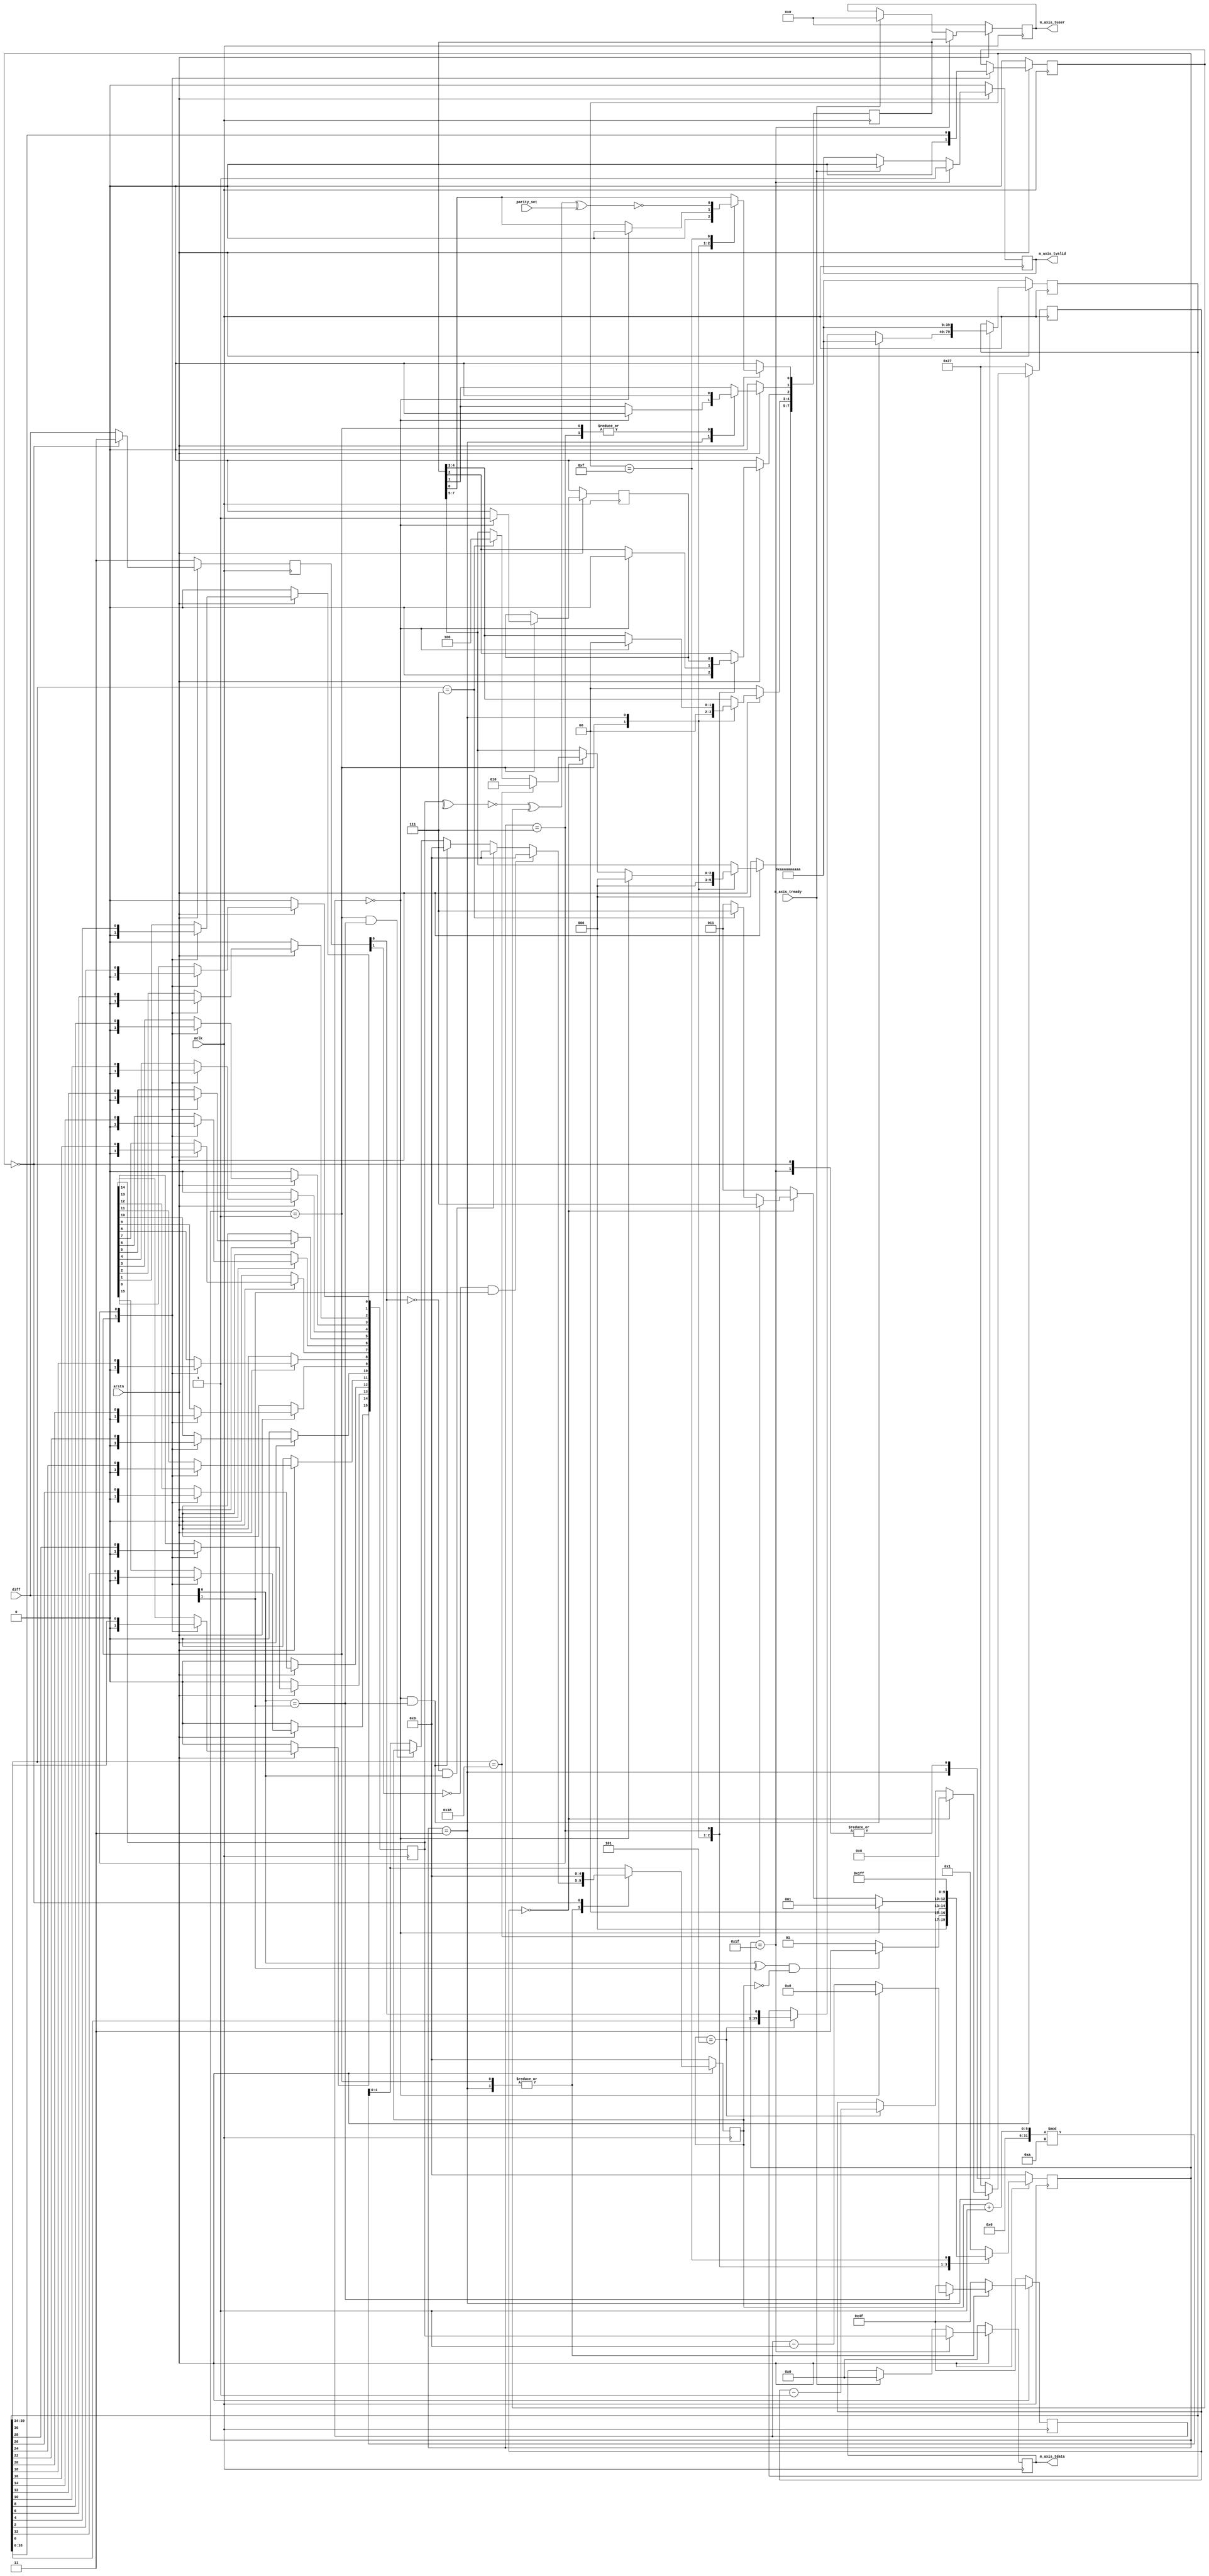

`timescale 1ns/100ps

module axis_1553_decoder #(
    parameter clock_speed = 20000000,
    parameter sample_rate = 2000000,
    parameter bit_slice_offset = 0,
    parameter invert_data = 0,
    parameter sample_select = 0
  ) 
  (
    input   aclk,
    input   arstn,
    input   parity_set, //0:ou, 1:ji
    output reg  [15:0]  m_axis_tdata,
    output reg          m_axis_tvalid,
    output reg  [7:0]   m_axis_tuser,
    input               m_axis_tready,
    input       [1:0]   diff
  );
  
    localparam integer base_1553_clock_rate = 1000000;
    localparam integer samples_per_mhz = sample_rate / base_1553_clock_rate;
    localparam integer cycles_per_mhz = clock_speed / base_1553_clock_rate;
    localparam integer delay_time = cycles_per_mhz * 4;
    localparam integer samples_to_skip = ((cycles_per_mhz > samples_per_mhz) ? cycles_per_mhz / samples_per_mhz : 0);
    localparam integer round_sample_select = ((sample_select == 0) ? samples_to_skip/2 : sample_select % samples_to_skip);
    localparam integer bit_rate_per_mhz = samples_per_mhz;
    localparam integer round_bit_slice_offset = ((cycles_per_mhz > samples_per_mhz) ? ((bit_slice_offset == 0) ? bit_rate_per_mhz/4 : bit_slice_offset % bit_rate_per_mhz) : 0);
    localparam integer sync_pulse_len = bit_rate_per_mhz * 3;
    localparam integer bits_per_trans = 20;
    localparam integer synth_bits_per_trans = (bits_per_trans*bit_rate_per_mhz);
    localparam diff_wait    = 5'h01;
    localparam data_cap     = 5'h03;
    localparam data_reduce  = 5'h07;
    localparam parity_gen   = 5'h0F;
    localparam trans        = 5'h1F;
    localparam error        = 5'h00;
    localparam [sync_pulse_len-1:0]sync_cmd_stat = {{sync_pulse_len/2{1'b0}}, {sync_pulse_len/2{1'b1}}};
    localparam [sync_pulse_len-1:0]sync_data     = {{sync_pulse_len/2{1'b1}}, {sync_pulse_len/2{1'b0}}};
    localparam cmd_data = 3'b010;
    localparam cmd_cmnd = 3'b100;
    localparam [(bit_rate_per_mhz)-1:0]bit_pattern = {{bit_rate_per_mhz/2{1'b1}}, {bit_rate_per_mhz/2{1'b0}}};
    localparam [synth_bits_per_trans-1:0]synth_clk = {bits_per_trans{bit_pattern}};
  
    integer bit_slice_index;
    reg [synth_bits_per_trans-1:0] reg_data;
    reg parity_bit;
    reg delay_bit;
    reg [4:0]  state = error;
    reg [15:0] data;
    reg [7:0]  cmd;
    reg [1:0]  p_diff;
    reg [clogb2(samples_to_skip):0]        skip_counter;
    reg [clogb2(delay_time)-1:0]           pause_counter;
    reg [clogb2(synth_bits_per_trans)-1:0] trans_counter;
  
    always @(posedge aclk) begin
      if(arstn == 1'b0) begin
        pause_counter <= delay_time-1;
      end else begin
        case (state)
          data_cap, diff_wait: begin
            pause_counter <= delay_time-1;
            
            if(diff[0] == diff[1]) begin
              pause_counter <= pause_counter - 1;
              
              if(pause_counter == 0) begin
                pause_counter <= 0;
              end
            end
          end
          default:
            pause_counter <= delay_time-1;
        endcase
      end
    end
  
    always @(posedge aclk) begin
      if(arstn == 1'b0) begin
        m_axis_tdata  <= 0;
        m_axis_tvalid <= 0;
        m_axis_tuser  <= 0;
      end else begin
        m_axis_tdata <= m_axis_tdata;
        m_axis_tvalid<= m_axis_tvalid;
        m_axis_tuser <= m_axis_tuser;
        case (state)
                  trans: begin
            m_axis_tdata  <= data;
            m_axis_tuser  <= cmd;
            m_axis_tvalid <= 1'b1;
          end
                          default: begin
            if(m_axis_tready == 1'b1) begin
              m_axis_tdata  <= 0;
              m_axis_tvalid <= 0;
              m_axis_tuser  <= 0;
            end
          end
          endcase
      end
    end
            
    always @(posedge aclk) begin
      if(arstn == 1'b0) begin
        state           <= error;
        data            <= 0;
        cmd             <= 0;
        parity_bit      <= 0;
        delay_bit       <= 0;
            end else begin
        case (state)
          diff_wait: begin
            state <= diff_wait;
            
            cmd           <= 0;
            data          <= 0;
            parity_bit    <= 0;
            delay_bit     <= 0;
            
            if(pause_counter == 0) begin
              delay_bit <= 1'b1;
            end
            
            if((diff[0] ^ diff[1]) && (skip_counter == 0)) begin
              state <= data_cap;
            end
          end
          data_cap: begin
            state <= data_cap;
            
                                if(trans_counter == 0) begin
              if(reg_data[synth_bits_per_trans-1:synth_bits_per_trans-sync_pulse_len] == sync_cmd_stat) begin
                state <= data_reduce;
                cmd[7:5] <= cmd_cmnd;
              end
              
              if(reg_data[synth_bits_per_trans-1:synth_bits_per_trans-sync_pulse_len] == sync_data) begin
                state <= data_reduce;
                cmd[7:5] <= cmd_data;
              end
            end
            
                      if(pause_counter == 0) begin
              state <= diff_wait;
              cmd   <= 0;
            end
          end
          data_reduce: begin
            state <= parity_gen;
            
            for(bit_slice_index = 0; bit_slice_index < 16; bit_slice_index = bit_slice_index + 1) begin
              data[bit_slice_index] <= (invert_data > 0 ? ~reg_data[bit_rate_per_mhz*(bit_slice_index+1)+round_bit_slice_offset] : reg_data[bit_rate_per_mhz*(bit_slice_index+1)+round_bit_slice_offset]);
            end
            
            parity_bit <= (invert_data > 0 ? ~reg_data[round_bit_slice_offset] : reg_data[round_bit_slice_offset]);
  
            cmd[1] <= (invert_data > 0 ? 1'b1 : 1'b0);
  
            cmd[2] <= delay_bit;
          end
          parity_gen: begin
            state <= trans;
            cmd[0] <= ~(~(^data) ^ parity_bit ^ parity_set);
          end
          trans:
            state <= diff_wait;
          default:
            state <= diff_wait;
        endcase
      end
    end
  
    always @(posedge aclk) begin
      if(arstn == 1'b0) begin
        p_diff        <= 2'b11;
        skip_counter  <= 0;
      end else begin
        p_diff <= diff;

        case (state)
          diff_wait, data_cap: begin
            skip_counter <= (samples_to_skip == 0 ? 0 : (skip_counter + 1) % samples_to_skip);          if((state == diff_wait) && (diff[0] == diff[1])) begin
              skip_counter <= skip_counter;
            end
            
            if((pause_counter == 0) && (diff[0] == diff[1])) begin
              skip_counter <= 0;
            end
            
            if((p_diff[0] == 0) && (diff[0] == 1)) begin
              skip_counter <= 0;
            end
                  
            if((p_diff[1] == 0) && (diff[1] == 1)) begin
              skip_counter <= 0;
            end
          end
          error: begin
            p_diff        <= 2'b11;
            skip_counter  <= 0;
          end
          default: begin
            skip_counter <= (samples_to_skip == 0 ? 0 : (skip_counter + 1) % samples_to_skip);
          end
        endcase
      end
    end

      always @(posedge aclk) begin
      if(arstn == 1'b0) begin
        reg_data      <= synth_clk;
        trans_counter <= synth_bits_per_trans-1;
      end else begin
        case (state)
                  data_cap: begin
            if(skip_counter == round_sample_select) begin
              reg_data <= {reg_data[synth_bits_per_trans-2:0], p_diff[0]};
              trans_counter <= trans_counter - 1;
            end
            
            if((pause_counter == 0) && (diff[0] == diff[1])) begin
              reg_data <= synth_clk;
            end
            
            if(trans_counter == 0) begin
              trans_counter <= 0;
            end
          end
          trans: begin
            reg_data      <= synth_clk;
            trans_counter <= synth_bits_per_trans-1;
          end
          error: begin
            reg_data      <= synth_clk;
            trans_counter <= synth_bits_per_trans-1;
          end
          default: begin
            trans_counter <= synth_bits_per_trans-1;
          end
        endcase
      end
    end
  
    function integer clogb2;
      input [31:0] value;
      begin
          value = value - 1;
          for (clogb2 = 0; value > 0; clogb2 = clogb2 + 1) begin
              value = value >> 1;
          end
      end
    endfunction
endmodule